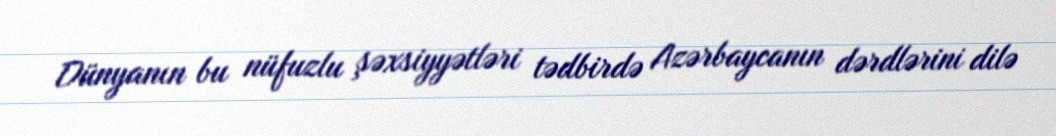
Dünyanın bu nüfuzlu şəxsiyyətləri tədbirdə Azərbaycanın dərdlərini dilə